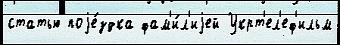
статью поjе́здка фам'и́л'иjей Укрт'ел'еф'ильм